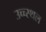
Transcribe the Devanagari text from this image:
उच्च्स्थल